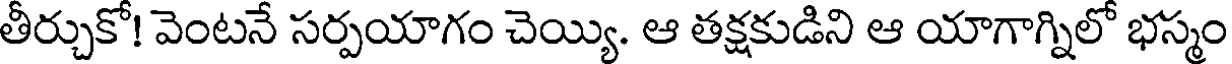
తీర్చుకో! వెంటనే సర్పయాగం చెయ్యి. ఆ తక్షకుడిని ఆ యాగాగ్నిలో భస్మం